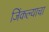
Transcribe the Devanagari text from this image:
जिंकल्याचा